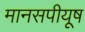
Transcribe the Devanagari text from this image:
मानसपीयूष